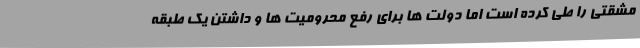
مشقتی را طی کرده است اما دولت ها برای رفع محرومیت ها و داشتن یک طبقه